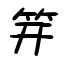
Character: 笄